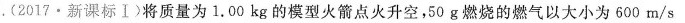
.(2017·新课标Ⅰ)将质量为1.00kg的模型火箭点火升空，50g燃烧的燃气以大小为600m/s